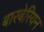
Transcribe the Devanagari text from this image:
बारबेरियन